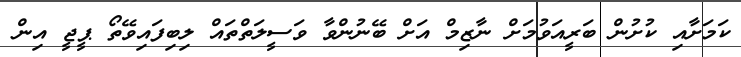
ކަމަށާއި ކުށުން ބަރީއަވުމަށް ނާޒިމް އަށް ބޭނުންވާ ވަސީލަތްތައް ލިބިފައިވޭތޯ ޕީޖީ އިން